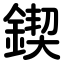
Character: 鍥